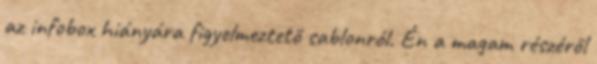
az infobox hiányára figyelmeztető sablonról. Én a magam részéről